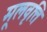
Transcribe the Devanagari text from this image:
मूलवृत्ति